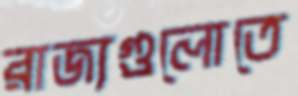
রাজ্যগুলোতে